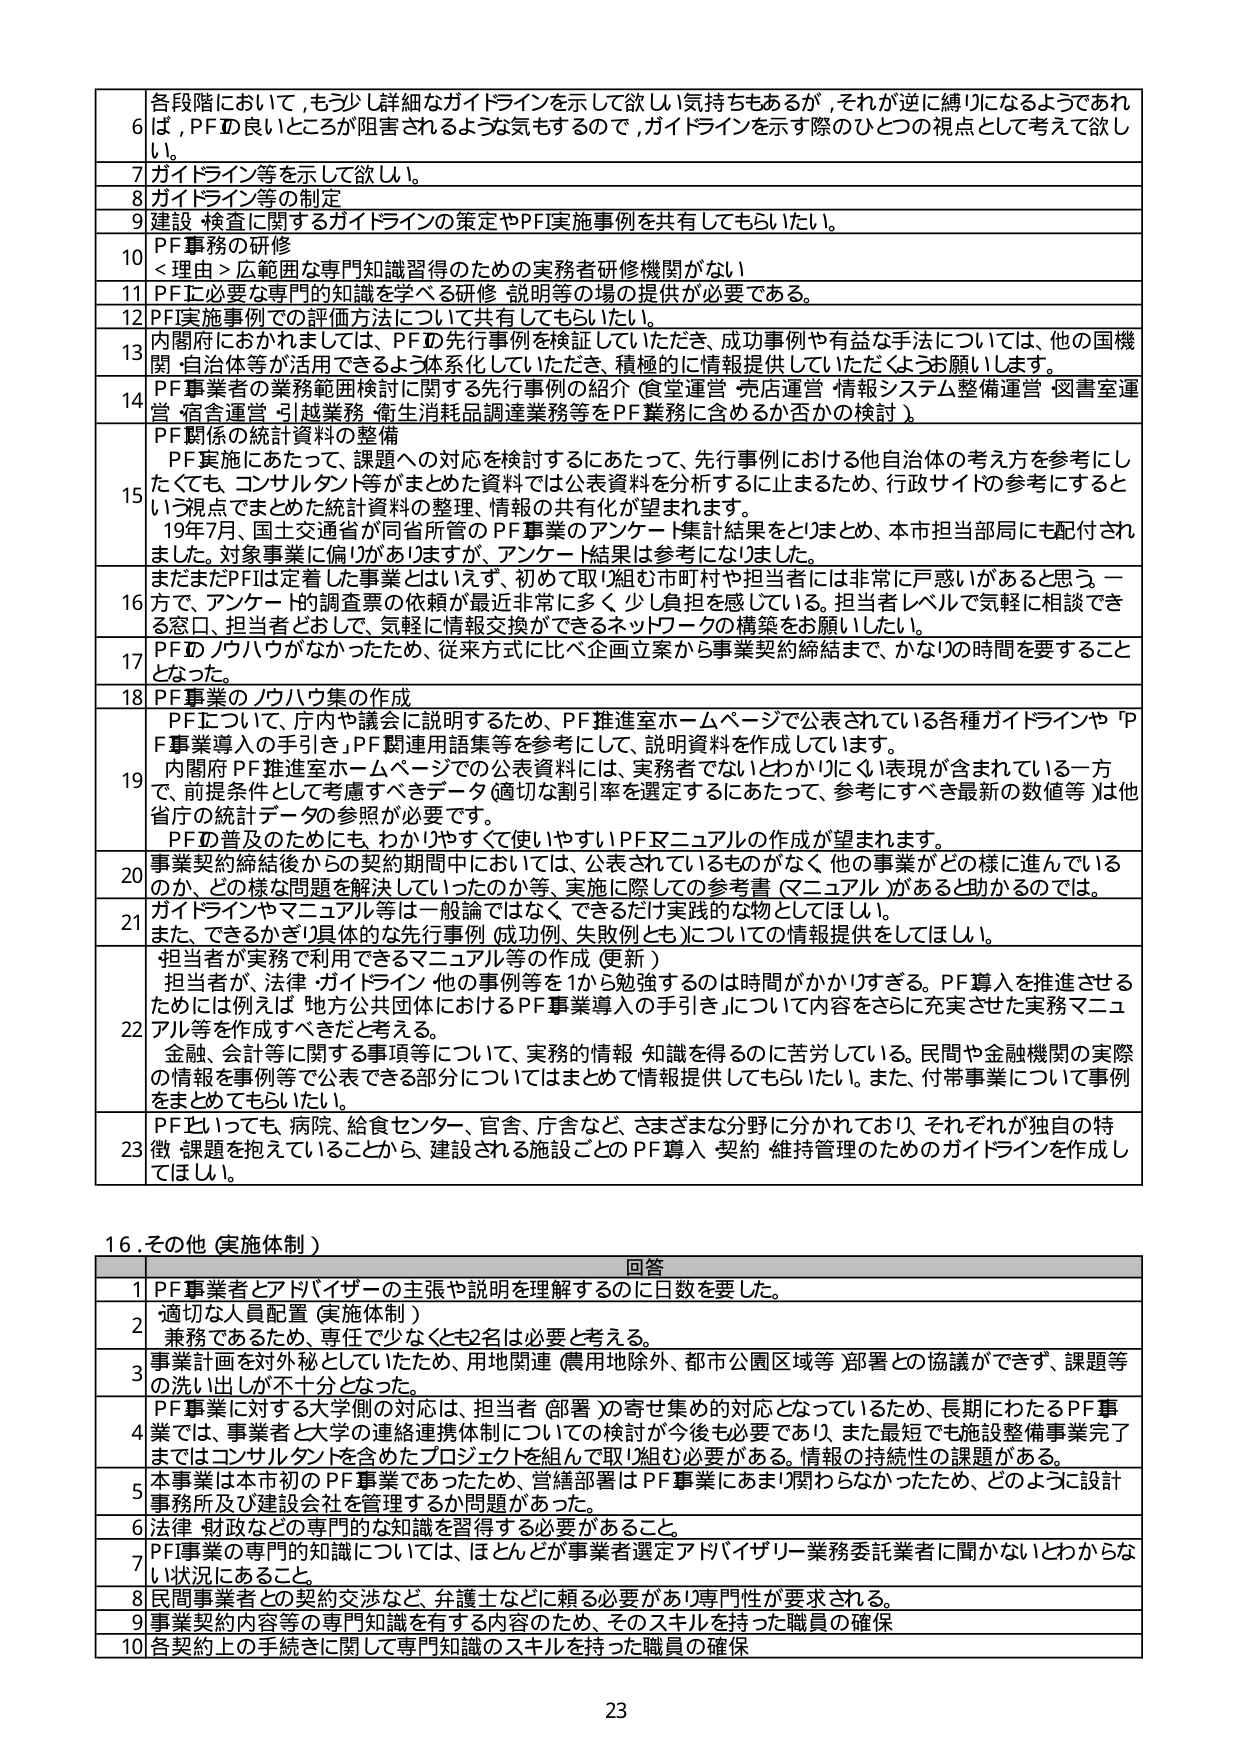
6 各段階において,もう少し詳細なガイドラインを示して欲しい気持ちもあるが,それが逆に縛りになるようであれ
ば,PFの良いところが阻害されるような気もするので,ガイドラインを示す際のひとつの視点として考えて欲し
い。
7 ガイドライン等を示して欲しい。
8 ガイドライン等の制定
9 建設・検査に関するガイドラインの策定やPF実施事例を共有してもらいたい。
10 PF事務の研修
<理由>広範囲な専門知識習得のための実務者研修機関がない
11 PFに必要な専門的知識を学べる研修・説明等の場の提供が必要である。
12 PF実施事例での評価方法について共有してもらいたい。
13 内閣府におかれましては、PFの先行事例を検証していただき、成功事例や有益な手法については、他の国機
関・自治体等が活用できるよう体系化していただき、積極的に情報提供していただくようお願いします。
14 PF事業者の業務範囲検討に関する先行事例の紹介（食堂運営・売店運営・情報システム整備運営・図書室運
営・宿舎運営・引越業務・衛生消耗品調達業務等をPF業務に含めるか否かの検討）。
15 PF関係の統計資料の整備
PF実施にあたって、課題への対応を検討するにあたって、先行事例における他自治体の考え方を参考にし
たても、コンサルタント等がまとめた資料では公表資料を分析するに止まるため、行政サイドの参考にすると
いう視点でまとめた統計資料の整理、情報の共有が望まれます。
19年7月、国土交通省が同省所管のPF事業のアンケート集計結果をとりまとめ、本市担当部局にも配付され
ました。対象事業に偏りがありますが、アンケート結果は参考になりました。
16 まだまだPFは定着した事業とはいえず、初めて取り組む市町村や担当者には非常に戸惑いがあると思う。一
方で、アンケートの調査票の依頼が最近非常に多く、少し負担を感じている。担当者レベルで気軽に相談でき
る窓口、担当者どうしで、気軽に情報交換ができるネットワークの構築をお願いしたい。
17 PFのノウハウがなかったため、従来方式に比べ企画立案から事業契約締結まで、かなりの時間を要すること
となった。
18 PF事業のノウハウ集の作成
19 PFについて、庁内や議会に説明するため、PF推進室ホームページで公表されている各種ガイドラインや「P
F事業導入の手引き」、PF関連用語集等を参考にして、説明資料を作成しています。
内閣府PF推進室ホームページでの公表資料には、実務者でないとかなりにくい表現が含まれている一方
で、前提条件として考慮すべきデータ（適切な割引率を選定するにあたって、参考にすべき最新の数値等）は他
省庁の統計データの参照が必要です。
PFの普及のためにも、わかりやすく使いやすいPFマニュアルの作成が望まれます。
20 事業契約締結後からの契約期間中においては、公表されているものか、他の事業がどの様に進んでいる
のか、どの様な問題を解決していったのか等、実施に際しての参考書（マニュアル）があると助かるのでは。
21 ガイドラインやマニュアル等は一般論ではなく、できるだけ実践的な物としてほしい。
また、できるかぎり具体的な先行事例（成功例、失敗例とも）についての情報提供をしてほしい。
22 担当者が実務で利用できるマニュアル等の作成（更新）
担当者が、法律・ガイドライン・他の事例等を1から勉強するのは時間がかかりすぎる。PF導入を推進させる
ためには例えば「地方公共団体におけるPF事業導入の手引き」について内容をさらに充実させた実務マニュ
アル等を作成すべきだと考える。
金融、会計等に関する事項等について、実務の情報・知識を得るのに苦労している。民間や金融機関の実際
の情報を事例等で公表できる部分についてはまとめて情報提供してもらいたい。また、付帯事業について事例
をまとめてもらいたい。
23 PFといっても、病院、給食センター、官舎、庁舎など、さまざまな分野に分かれており、それぞれが独自の特
徴・課題を抱えていることから、建設される施設ごとのPF導入・契約・維持管理のためのガイドラインを作成し
てほしい。

16.その他（実施体制）
回答
1 PF事業者とアドバイザーの主張や説明を理解するのに日数を要した。
2 適切な人員配置（実施体制）
業務であるため、専任で少なくとも2名は必要と考える。
3 事業計画を対外秘としていたため、用地関連（農用地除外、都市公園区域等）部署との協議ができず、課題等
の洗い出しが不十分となった。
4 PF事業に対する大学側の対応は、担当者（部署）の寄せ集め的対応となっているため、長期にわたるPF事
業では、事業者と大学の連絡連携体制についての検討が今後も必要であり、また最短でも施設整備事業完了
まではコンサルタントを含めたプロジェクトを組んで取り組む必要がある。情報の持続性の課題がある。
5 本事業は本市初のPF事業であったため、営繕部署はPF事業にあまり関わらなかったため、どのように設計
事務所及び建設会社を管理するか問題があった。
6 法律・財政などの専門的な知識を習得する必要があること。
7 PF事業の専門的知識については、ほとんどが事業者選定アドバイザリー業務委託業者に聞かないといかならな
い状況にあること。
8 民間事業者との契約交渉など、弁護士などに頼る必要があり専門性が要求される。
9 事業契約内容等の専門知識を有する内容のため、そのスキルを持った職員の確保
10 各契約上の手続きに関して専門知識のスキルを持った職員の確保

23